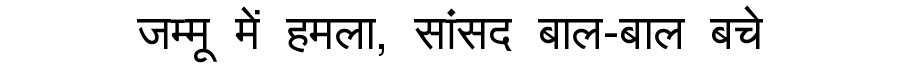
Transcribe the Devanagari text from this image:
जम्मू में हमला, सांसद बाल-बाल बचे